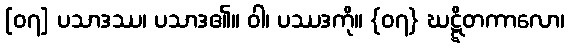
[၀၇] ပသာဒဿ၊ ပသာဒ၏။ ဝါ၊ ပဿဒကို။ {၀၇} ဃဋ္ဋိတကာလော၊